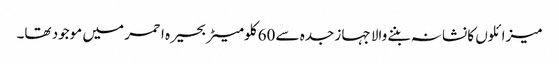
میزائلوں کا نشانہ بننے والا جہاز جدہ سے 60 کلومیٹر بحیرہ احمر میں موجود تھا۔